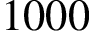
1 0 0 0